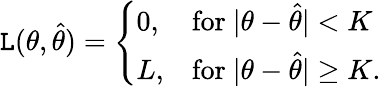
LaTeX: \mathtt{L}(\theta,{\widehat{{\theta}}})={\left\{ \begin{array}{ll}{0,}&{{\mathrm{for~}}|\theta-{\widehat{\theta}}|<K}\\ {L,}&{{\mathrm{for~}}|\theta-{\widehat{\theta}}|\geq K.}\end{array}\right.}